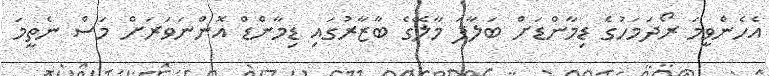
އެހެންވީމަ ރޯދަމަހުގެ ޑިމާންޑަށް ބަލާފަ މާލޭގެ ބާޒާރުގައި ޑިމާންޑް އޮންނަވަރަށް މަސް ނެތީމަ